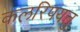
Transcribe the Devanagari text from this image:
कलरिपयत्तु